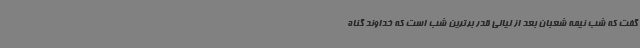
گفت که شب نیمه شعبان بعد از لیالی قدر برترین شب است که خداوند گناه